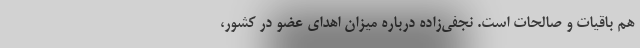
هم باقیات‌ و صالحات است. نجفی‌زاده درباره میزان اهدای عضو در کشور،